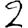
Digit: 2